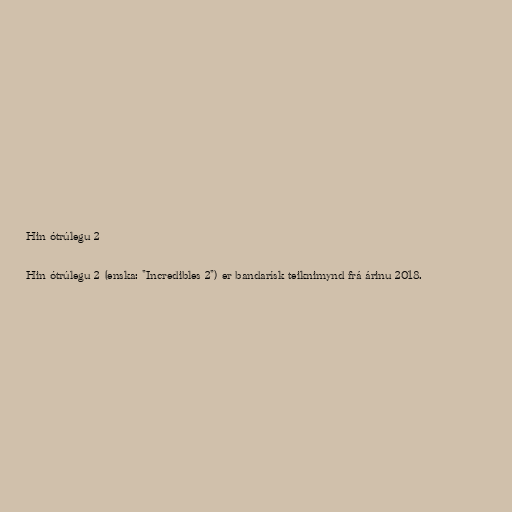
Hin ótrúlegu 2

Hin ótrúlegu 2 (enska: "Incredibles 2") er bandarísk teiknimynd frá árinu 2018.